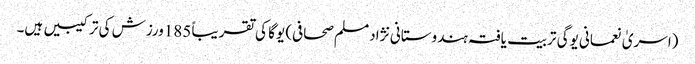
(اسریٰ نعمانی یوگی تربیت یافتہ ہندوستانی نژاد مسلم صحافی) یوگا کی تقریباً 185ورزش کی ترکیبیں ہیں۔